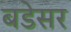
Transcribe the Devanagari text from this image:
बडेसर